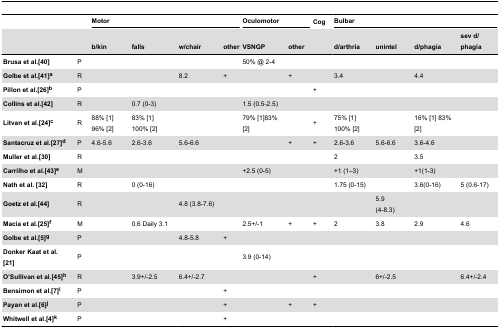
<table><thead><tr><td></td><td></td><td colspan="4"><b>Motor</b></td><td colspan="2"><b>Oculomotor</b></td><td><b>Cog</b></td><td colspan="4"><b>Bulbar</b></td></tr><tr><td></td><td></td><td><b>b/kin</b></td><td><b>falls</b></td><td><b>w/chair</b></td><td><b>other</b></td><td><b>VSNGP</b></td><td><b>other</b></td><td></td><td><b>d/arthria</b></td><td><b>unintel</b></td><td><b>d/phagia</b></td><td><b>sev d/phagia</b></td></tr></thead><tbody><tr><td><b>Brusa et al.[40]</b></td><td>P</td><td></td><td></td><td></td><td></td><td>50% @ 2-4</td><td></td><td></td><td></td><td></td><td></td><td></td></tr><tr><td><b>Golbe et al.[41]<sup>a</sup></b></td><td>R</td><td></td><td></td><td>8.2</td><td>+</td><td></td><td>+</td><td></td><td>3.4</td><td></td><td>4.4</td><td></td></tr><tr><td><b>Pillon et al.[26]<sup>b</sup></b></td><td>P</td><td></td><td></td><td></td><td></td><td></td><td></td><td>+</td><td></td><td></td><td></td><td></td></tr><tr><td><b>Collins et al.[42]</b></td><td>R</td><td></td><td>0.7 (0-3)</td><td></td><td></td><td>1.5 (0.5-2.5)</td><td></td><td></td><td></td><td></td><td></td><td></td></tr><tr><td><b>Litvan et al.[24]<sup>c</sup></b></td><td>R</td><td>88% [1] 96% [2]</td><td>83% [1] 100% [2]</td><td></td><td></td><td>79% [1]83% [2]</td><td></td><td>+</td><td>75% [1] 100% [2]</td><td></td><td>16% [1] 83% [2]</td><td></td></tr><tr><td><b>Santacruz et al.[27]<sup>d</sup></b></td><td>P</td><td>4.6-5.6</td><td>2.6-3.6</td><td>5.6-6.6</td><td></td><td></td><td>+</td><td>+</td><td>2.6-3.6</td><td>5.6-6.6</td><td>3.6-4.6</td><td></td></tr><tr><td><b>Muller et al.[30]</b></td><td>R</td><td></td><td></td><td></td><td></td><td></td><td></td><td></td><td>2</td><td></td><td>3.5</td><td></td></tr><tr><td><b>Carrilho et al.[43]<sup>e</sup></b></td><td>M</td><td></td><td></td><td></td><td></td><td>+2.5 (0-5)</td><td></td><td></td><td>+1 (1–3)</td><td></td><td>+1(1-3)</td><td></td></tr><tr><td><b>Nath et al. [32]</b></td><td>R</td><td></td><td>0 (0-16)</td><td></td><td></td><td></td><td></td><td></td><td>1.75 (0-15)</td><td></td><td>3.6(0-16)</td><td>5 (0.6-17)</td></tr><tr><td><b>Goetz et al.[44]</b></td><td>R</td><td></td><td></td><td>4.8 (3.8-7.6)</td><td></td><td></td><td></td><td></td><td></td><td>5.9 (4-8.3)</td><td></td><td></td></tr><tr><td><b>Macia et al.[25]<sup>f</sup></b></td><td>M</td><td></td><td>0.6 Daily 3.1</td><td></td><td></td><td>2.5+/-1</td><td>+</td><td>+</td><td>2</td><td>3.8</td><td>2.9</td><td>4.6</td></tr><tr><td><b>Golbe et al.[5]<sup>g</sup></b></td><td>P</td><td></td><td></td><td>4.8-5.8</td><td>+</td><td></td><td></td><td></td><td></td><td></td><td></td><td></td></tr><tr><td><b>Donker Kaat et al.[21]</b></td><td>P</td><td></td><td></td><td></td><td></td><td>3.9 (0-14)</td><td></td><td></td><td></td><td></td><td></td><td></td></tr><tr><td><b>O’Sullivan et al.[45]<sup>h</sup></b></td><td>R</td><td></td><td>3.9+/-2.5</td><td>6.4+/-2.7</td><td></td><td></td><td></td><td>+</td><td></td><td>6+/-2.5</td><td></td><td>6.4+/-2.4</td></tr><tr><td><b>Bensimon et al.[7]<sup>i</sup></b></td><td>P</td><td></td><td></td><td></td><td>+</td><td></td><td></td><td></td><td></td><td></td><td></td><td></td></tr><tr><td><b>Payan et al.[6]<sup>j</sup></b></td><td>P</td><td></td><td></td><td></td><td>+</td><td></td><td>+</td><td>+</td><td></td><td></td><td></td><td></td></tr><tr><td><b>Whitwell et al.[4]<sup>k</sup></b></td><td>P</td><td></td><td></td><td></td><td>+</td><td></td><td></td><td></td><td></td><td></td><td></td><td></td></tr></tbody></table>